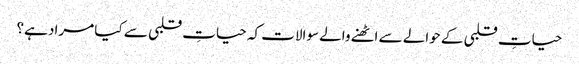
حیاتِ قلبی کے حوالے سے اٹھنے والے سوالات کہ حیاتِ قلبی سے کیا مراد ہے؟